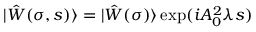
| \hat { W } ( \sigma , s ) \rangle = | \hat { W } ( \sigma ) \rangle \exp ( i A _ { 0 } ^ { 2 } \lambda s )